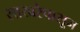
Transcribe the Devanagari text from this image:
साखरेपासून